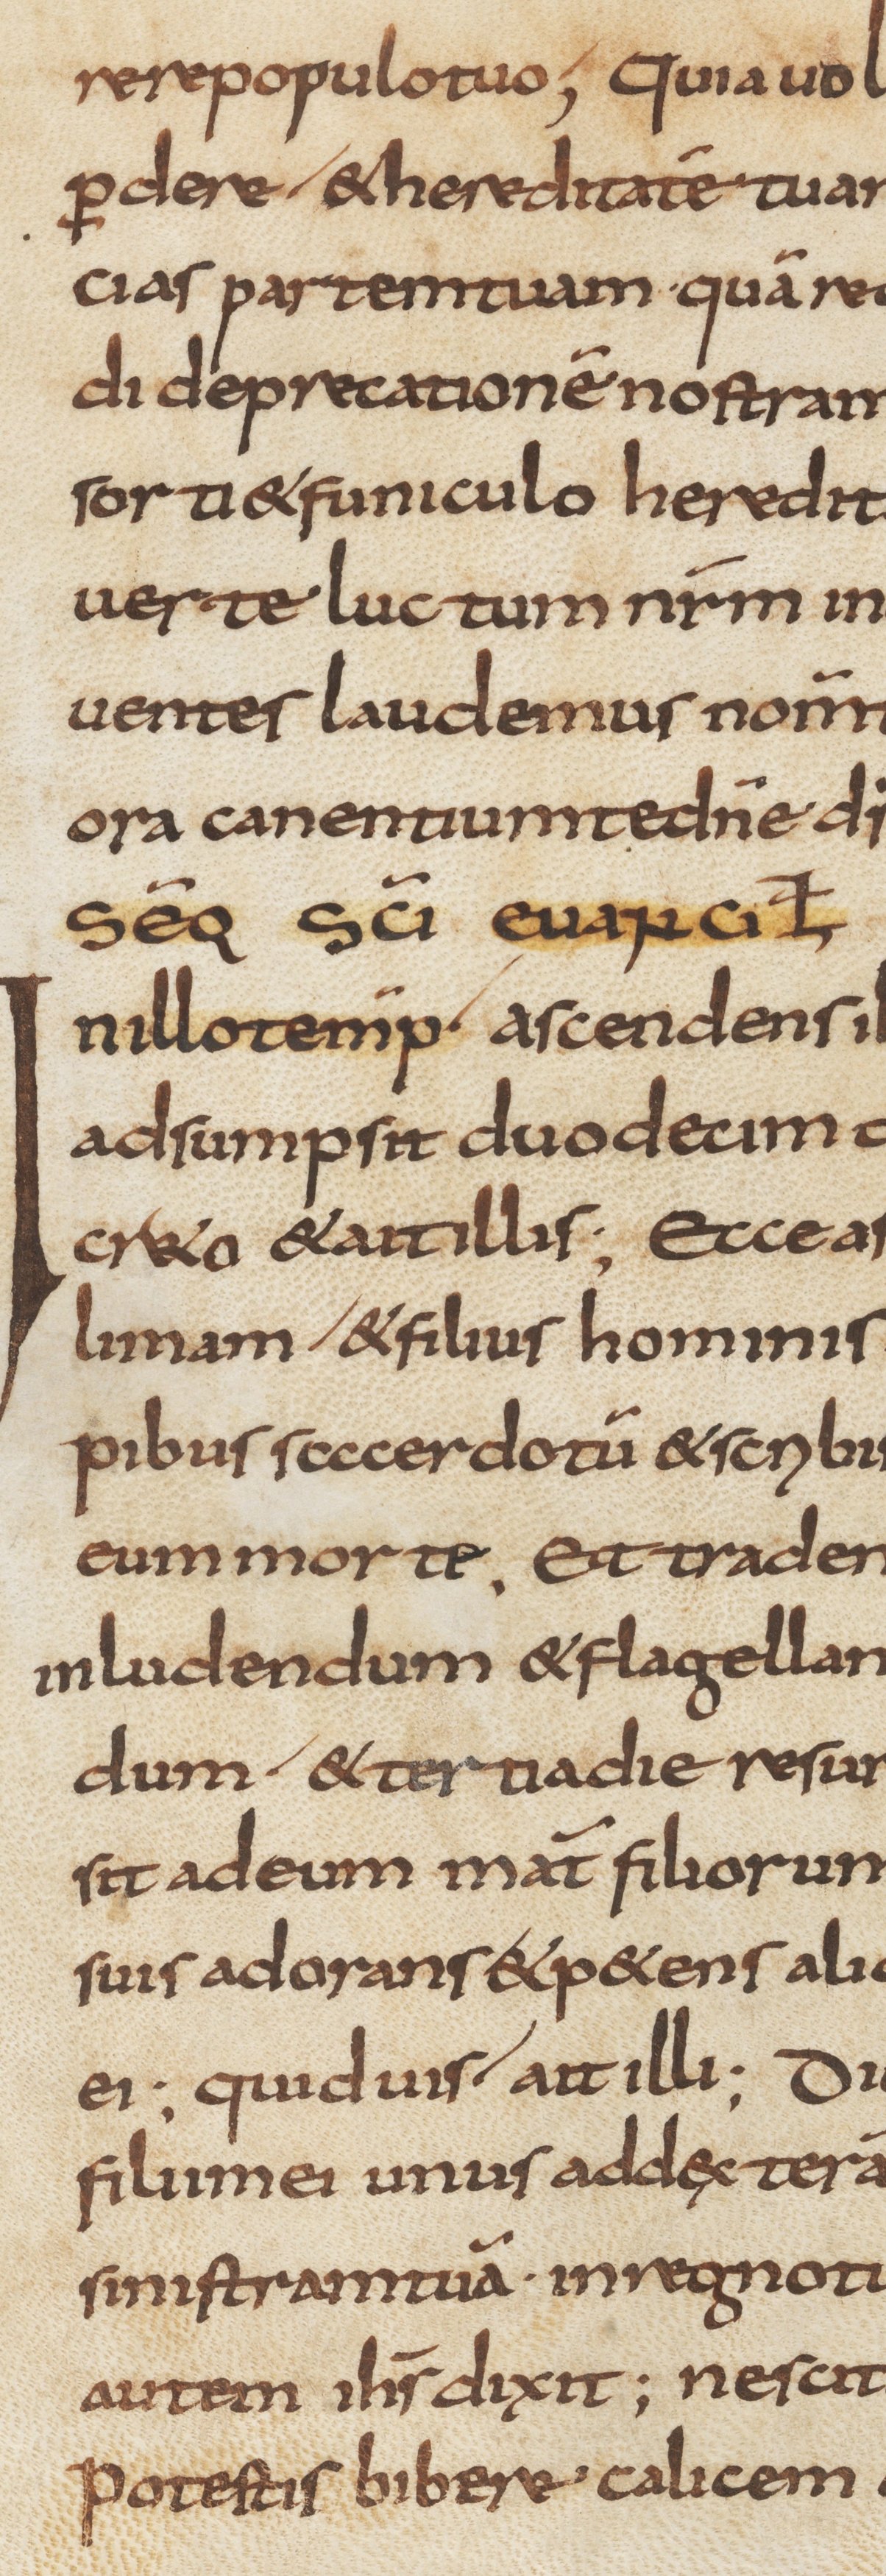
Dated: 800–830